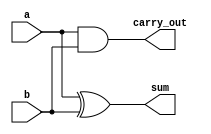
module half_adder_opr(sum, carry_out, a, b);
input a, b;
output sum, carry_out;

xor sum_of_digits(sum, a, b);
and carry_of_sum(carry_out, a, b);

endmodule